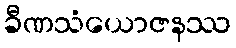
ခီဏသံယောဇနဿ